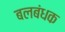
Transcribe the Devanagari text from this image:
बलबंधक